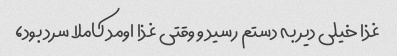
غذا خیلی دیر به دستم رسید و وقتی غذا اومد کاملا سرد بود،